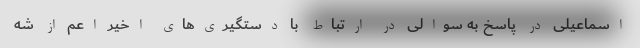
اسماعیلی در پاسخ به سوالی در ارتباط با دستگیری‌های اخیر اعم از شه